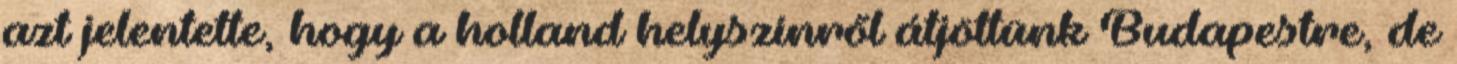
azt jelentette, hogy a holland helyszínről átjöttünk Budapestre, de